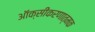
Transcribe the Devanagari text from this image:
ऑक्सीकरणात्मक